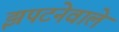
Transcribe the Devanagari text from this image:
झपटनेवाले